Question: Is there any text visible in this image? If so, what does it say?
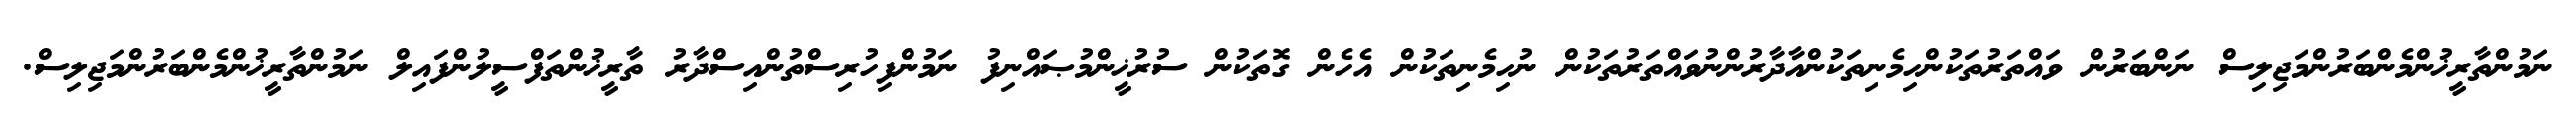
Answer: ނަމުންތާރީޚުންމެންބަރުންމަޖިލިސް ނަންބަރުން ވައްތަރުތަކުންހިމެނިތަކުންއާދާރުންނުވައްތަރުތަކުން ނުހިމެނިތަކުން އެހެން ގޮތަކުން ސުރުޚީންމުޞައްނިފު ނަމުންފިހުރިސްތުންއިސްދާރު ތާރީޚުންތަފްސީލުންފައިލް ނަމުންތާރީޚުންމެންބަރުންމަޖިލިސް.